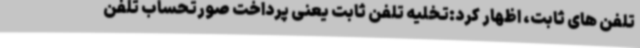
تلفن های ثابت، اظهار کرد:تخلیه تلفن ثابت یعنی پرداخت صورتحساب تلفن